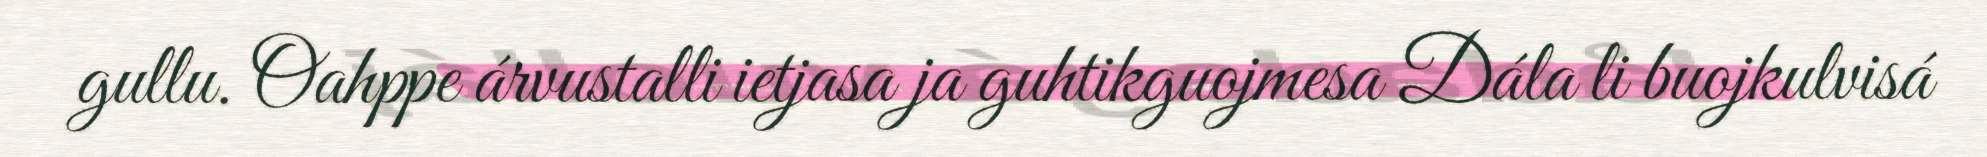
gullu. Oahppe árvustalli ietjasa ja guhtikguojmesa Dála li buojkulvisá